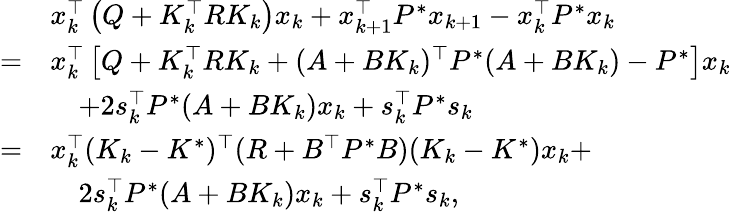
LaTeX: \begin{array}{rl}&{x_{k}^{\top}\left(Q+K_{k}^{\top}RK_{k}\right)x_{k}+x_{k+1}^{\top}P^{*}x_{k+1}-x_{k}^{\top}P^{*}x_{k}}\\ {=}&{x_{k}^{\top}\left[Q+K_{k}^{\top}RK_{k}+(A+BK_{k})^{\top}P^{*}(A+BK_{k})-P^{*}\right]x_{k}}\\ &{\quad+2s_{k}^{\top}P^{*}(A+BK_{k})x_{k}+s_{k}^{\top}P^{*}s_{k}}\\ {=}&{x_{k}^{\top}(K_{k}-K^{*})^{\top}(R+B^{\top}P^{*}B)(K_{k}-K^{*})x_{k}+}\\ &{\quad 2s_{k}^{\top}P^{*}(A+BK_{k})x_{k}+s_{k}^{\top}P^{*}s_{k},}\end{array}